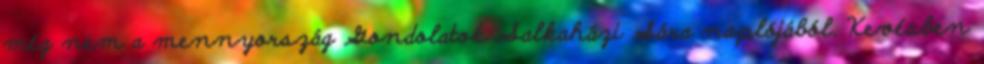
még nem a mennyország Gondolatok Salkaházi Sára naplójából. Kevésben